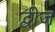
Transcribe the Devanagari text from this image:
द्वीज